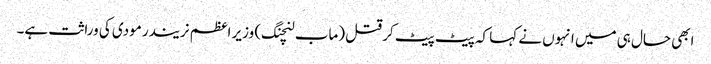
ابھی حال ہی میں انہوں نے کہا کہ پیٹ پیٹ کر قتل (ماب لنچنگ) وزیر اعظم نریندر مودی کی وراثت ہے۔